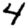
Digit: 4